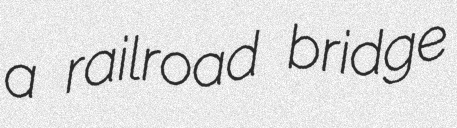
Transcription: a railroad bridge